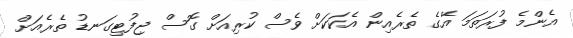
އެންމެ ފުރަތަމަ އޭގެ ތެރެއިން އެކަކަށް ވެސް ކުރިއަށް ގޮސް ޖިފުޓިގަނޑު ތެރެއަށް